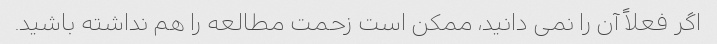
اگر فعلاً آن را نمی دانید، ممکن است زحمت مطالعه را هم نداشته باشید.